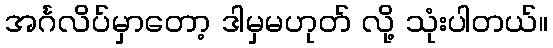
အင်္ဂလိပ်မှာတော့ ဒါမှမဟုတ် လို့ သုံးပါတယ်။